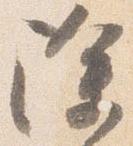
除